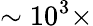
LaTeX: \sim 10^{3}\times